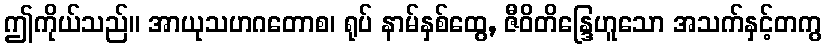
ဤကိုယ်သည်။ အာယုသဟဂတောစ၊ ရုပ် နာမ်နှစ်ထွေ, ဇီဝိတိန္ဒြေဟူသော အသက်နှင့်တကွ